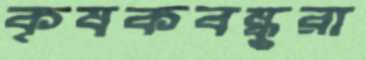
কৃষকবন্ধুরা